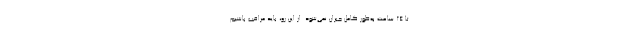
تا ۲۴ ساعت به‌طور کامل جبران نمی‌شود. از این رو، باید مراقب باشیم